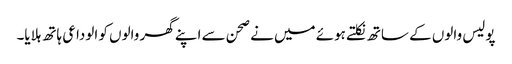
پولیس والوں کے ساتھ نکلتے ہوئے میں نے صحن سے اپنے گھر والوں کو الوداعی ہاتھ ہلایا۔